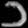
Digit: ၁